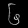
Digit: ၆